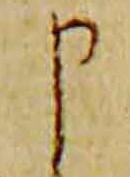
申